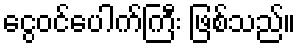
ငွေဝင်ပေါက်ကြီး ဖြစ်သည်။